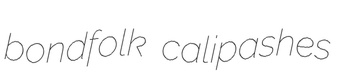
bondfolk calipashes